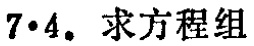
7·4. 求方程组